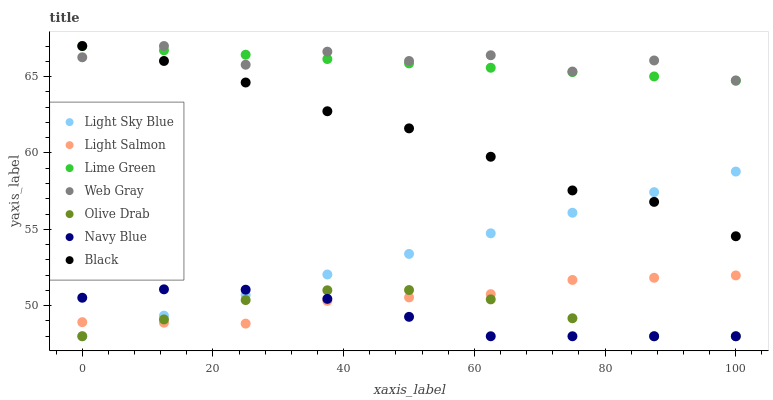
| xaxis_label | Light Sky Blue | Light Salmon | Lime Green | Web Gray | Olive Drab | Navy Blue | Black |
 | --- | --- | --- | --- | --- | --- | --- | --- |
 | 0 | 48 | 48.9 | 67 | 66.3 | 48 | 50.5 | 67 |
 | 12.5 | 49.3 | 48.9 | 66.7 | 67 | 49.1 | 51.1 | 66 |
 | 25 | 50.7 | 48.8 | 66.4 | 65.8 | 50.4 | 51 | 64.6 |
 | 37.5 | 52 | 50.3 | 66.1 | 66.6 | 51 | 50.4 | 62.7 |
 | 50 | 53.4 | 50.5 | 65.9 | 66 | 51 | 49.3 | 61.6 |
 | 62.5 | 54.7 | 50.8 | 65.6 | 66.4 | 50.4 | 48 | 59.8 |
 | 75 | 56.1 | 51.7 | 65.3 | 65.3 | 49.2 | 48 | 57.5 |
 | 87.5 | 57.4 | 51.8 | 65 | 66.1 | 48 | 48 | 56.8 |
 | 100 | 58.8 | 52 | 64.7 | 64.7 | 48 | 48 | 54.5 |